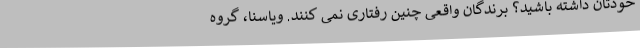
خودتان داشته باشید؟ برندگان واقعی چنین رفتاری نمی کنند. ویاسنا، گروه